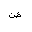
Letter: _dad